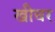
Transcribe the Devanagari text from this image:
खीचर